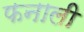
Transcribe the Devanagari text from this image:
फनाली